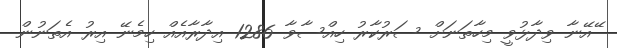
ޭއޭނާ ވިދާޅުވީ މިހާތަނަށް ސަރުކާރު ހިއްސާވާ 1286 އިދާރާއެއް ހިމެނޭ އިރު އެތަނުން